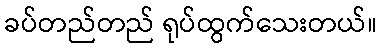
ခပ်တည်တည် ရုပ်ထွက်သေးတယ်။